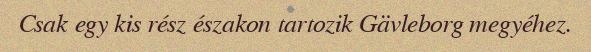
Csak egy kis rész északon tartozik Gävleborg megyéhez.